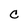
Character: C